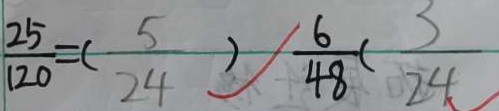
\frac { 2 5 } { 1 2 0 } = ( \frac { 5 } { 2 4 } ) = \frac { 6 } { 4 8 } ( \frac { 3 } { 2 4 }